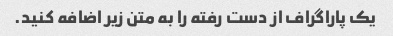
یک پاراگراف از دست رفته را به متن زیر اضافه کنید.